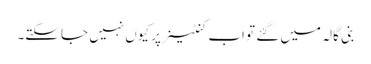
بنی گالہ میں گئے تو اب کنٹینر پر کیوں نہیں جا سکتے۔